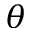
\theta